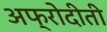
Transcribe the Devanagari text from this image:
अफ्रोदीती